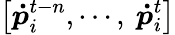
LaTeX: \left[\boldsymbol{{\dot{p}}}_{i}^{t-n},\cdots,\ {\boldsymbol{\dot{p}}}_{i}^{t}\right]